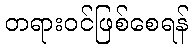
တရားဝင်ဖြစ်စေရန်